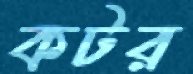
কটর